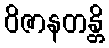
ဝိဇာနတန္တိ